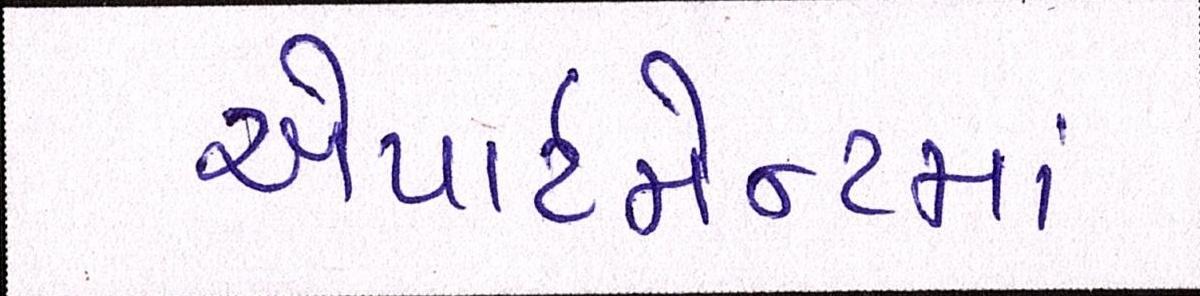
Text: એપાર્ટમેન્ટમાં